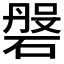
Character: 𱴫